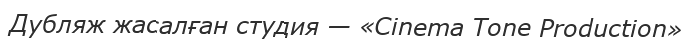
Дубляж жасалған студия — «Cinema Tone Production»